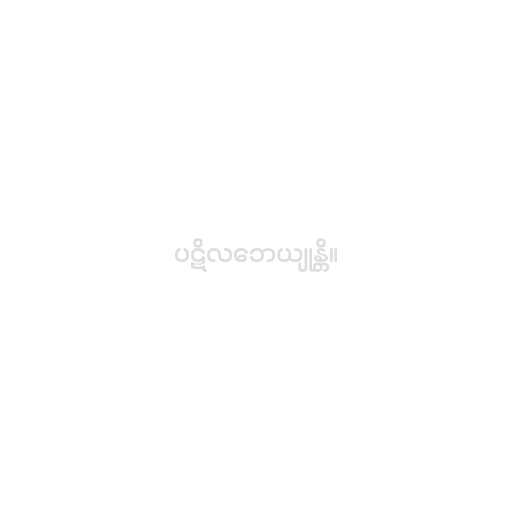
ပဋိလဘေယျုန္တိ။